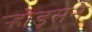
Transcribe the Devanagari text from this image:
र्‍होड्सने